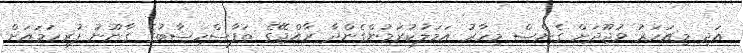
އަދި މިއަހަރު ވުޖޫދަށް ގެނެސް މިހާރު އަމަލުކުރަމުންގެންދާ ރާއްޖޭގެ ތަފާސްހިސާބުގެ ގާނޫނު ފުރިހަމައަށް